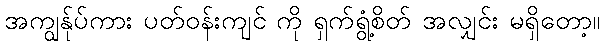
အကျွန်ုပ်ကား ပတ်ဝန်းကျင် ကို ရှက်ရွံ့စိတ် အလျှင်း မရှိတော့။